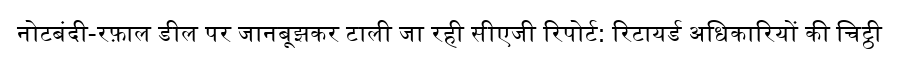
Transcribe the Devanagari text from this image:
नोटबंदी-रफ़ाल डील पर जानबूझकर टाली जा रही सीएजी रिपोर्ट: रिटायर्ड अधिकारियों की चिट्ठी